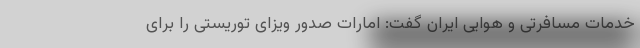
خدمات مسافرتی و هوایی ایران گفت: امارات صدور ویزای توریستی را برای